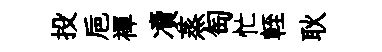
投巵襌凟蒸匋忙輊耿